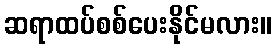
ဆရာထပ်စစ်ပေးနိုင်မလား။